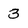
Character: 3